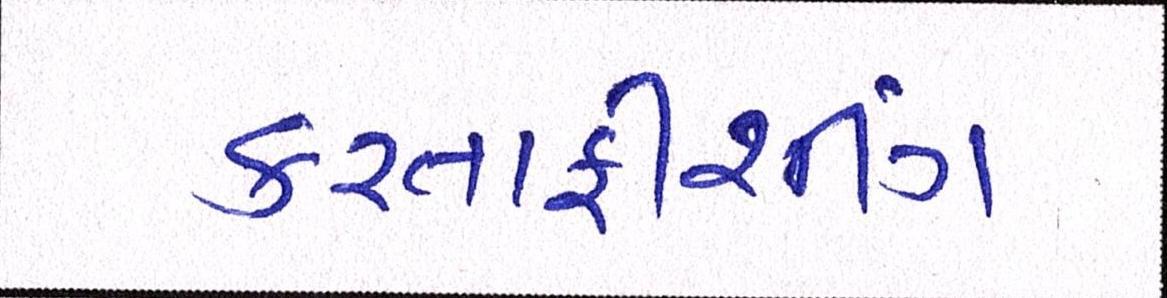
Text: કરતાફીશીંગ